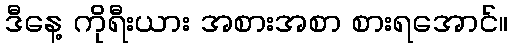
ဒီနေ့ ကိုရီးယား အစားအစာ စားရအောင်။